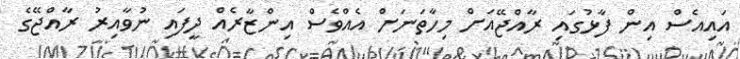
އައިއެސް އިން ފާޅުގައި ރާއްޖޭއަށް މިހާތަނަށް އެއްވެސް އިންޒާރެއް ދީފައި ނުވާއިރު ރާއްޖޭގެ